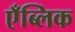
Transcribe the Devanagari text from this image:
एँब्लिक